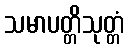
သမာပတ္တိသုတ္တံ